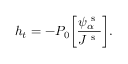
h _ { t } = - P _ { 0 } \bigg [ \frac { \psi _ { \alpha } ^ { \mathrm { ~ s ~ } } } { J ^ { \mathrm { ~ s ~ } } } \bigg ] .